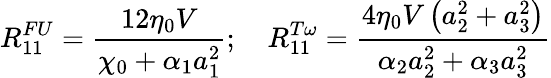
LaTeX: R_{11}^{FU}=\frac{12\eta_{0}V}{\chi_{0}+\alpha_{1}a_{1}^{2}};\quad R_{11}^{T\omega}=\frac{4\eta_{0}V\left(a_{2}^{2}+a_{3}^{2}\right)}{\alpha_{2}a_{2}^{2}+\alpha_{3}a_{3}^{2}}